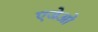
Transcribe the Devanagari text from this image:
एजेओ